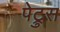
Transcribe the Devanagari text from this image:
पेट्रुस